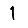
Digit: 1